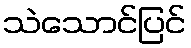
သဲသောင်ပြင်